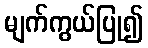
မျက်ကွယ်ပြု၍